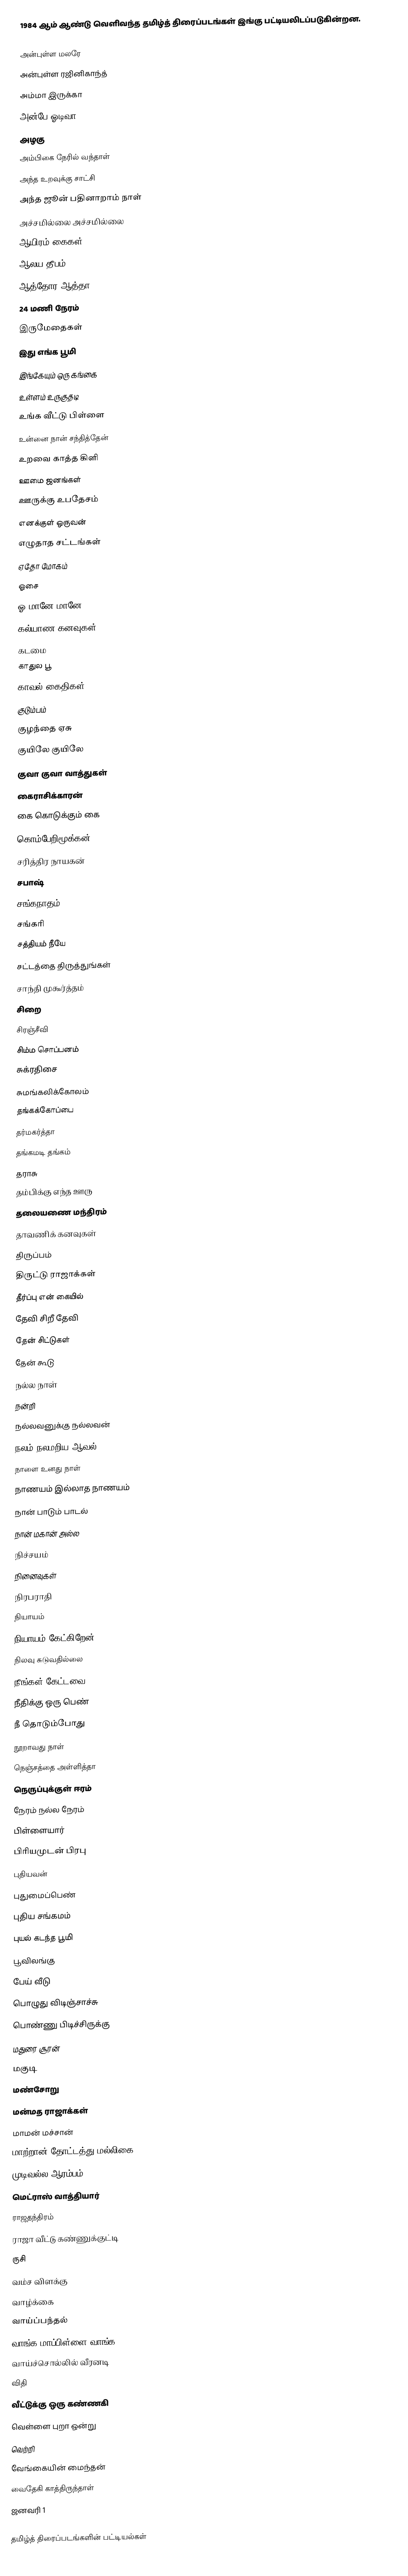
1984 ஆம் ஆண்டு வெளிவந்த தமிழ்த் திரைப்படங்கள் இங்கு பட்டியலிடப்படுகின்றன.

அன்புள்ள மலரே
அன்புள்ள ரஜினிகாந்த்
அம்மா இருக்கா
அன்பே ஓடிவா
அழகு
அம்பிகை நேரில் வந்தாள்
அந்த உறவுக்கு சாட்சி
அந்த ஜூன் பதினாறாம் நாள்
அச்சமில்லை அச்சமில்லை
ஆயிரம் கைகள்
ஆலய தீபம்
ஆத்தோர ஆத்தா
24 மணி நேரம்
இருமேதைகள்
இது எங்க பூமி
இங்கேயும் ஒரு கங்கை
உள்ளம் உருகுதடி
உங்க வீட்டு பிள்ளை
உன்னை நான் சந்தித்தேன்
உறவை காத்த கிளி
ஊமை ஜனங்கள்
ஊருக்கு உபதேசம்
எனக்குள் ஒருவன்
எழுதாத சட்டங்கள்
ஏதோ மோகம்
ஓசை
ஓ மானே மானே
கல்யாண கனவுகள்
கடமை
காதுல பூ
காவல் கைதிகள்
குடும்பம்
குழந்தை ஏசு
குயிலே குயிலே
குவா குவா வாத்துகள்
கைராசிக்காரன்
கை கொடுக்கும் கை
கொம்பேறிமூக்கன்
சரித்திர நாயகன்
சபாஷ்
சங்கநாதம்
சங்கரி
சத்தியம் நீயே
சட்டத்தை திருத்துங்கள்
சாந்தி முகூர்த்தம்
சிறை
சிரஞ்சீவி
சிம்ம சொப்பனம்
சுக்ரதிசை
சுமங்கலிக்கோலம்
தங்கக்கோப்பை
தர்மகர்த்தா
தங்கமடி தங்கம்
தராசு
தம்பிக்கு எந்த ஊரு
தலையணை மந்திரம்
தாவணிக் கனவுகள்
திருப்பம்
திருட்டு ராஜாக்கள்
தீர்ப்பு என் கையில்
தேவி சிறீ தேவி
தேன் சிட்டுகள்
தேன் கூடு
நல்ல நாள்
நன்றி
நல்லவனுக்கு நல்லவன்
நலம் நலமறிய ஆவல்
நாளை உனது நாள்
நாணயம் இல்லாத நாணயம்
நான் பாடும் பாடல்
நான் மகான் அல்ல
நிச்சயம்
நினைவுகள்
நிரபராதி
நியாயம்
நியாயம் கேட்கிறேன்
நிலவு சுடுவதில்லை
நீங்கள் கேட்டவை
நீதிக்கு ஒரு பெண்
நீ தொடும்போது
நூறாவது நாள்
நெஞ்சத்தை அள்ளித்தா
நெருப்புக்குள் ஈரம்
நேரம் நல்ல நேரம்
பிள்ளையார்
பிரியமுடன் பிரபு
புதியவன்
புதுமைப்பெண்
புதிய சங்கமம்
புயல் கடந்த பூமி
பூவிலங்கு
பேய் வீடு
பொழுது விடிஞ்சாச்சு
பொண்ணு பிடிச்சிருக்கு
மதுரை சூரன்
மகுடி
மண்சோறு
மன்மத ராஜாக்கள்
மாமன் மச்சான்
மாற்றான் தோட்டத்து மல்லிகை
முடிவல்ல ஆரம்பம்
மெட்ராஸ் வாத்தியார்
ராஜதந்திரம்
ராஜா வீட்டு கண்ணுக்குட்டி
ருசி
வம்ச விளக்கு
வாழ்க்கை
வாய்ப்பந்தல்
வாங்க மாப்பிள்ளை வாங்க
வாய்ச்சொல்லில் வீரனடி
விதி
வீட்டுக்கு ஒரு கண்ணகி
வெள்ளை புறா ஒன்று
வெற்றி
வேங்கையின் மைந்தன்
வைதேகி காத்திருந்தாள்
ஜனவரி 1

தமிழ்த் திரைப்படங்களின் பட்டியல்கள்